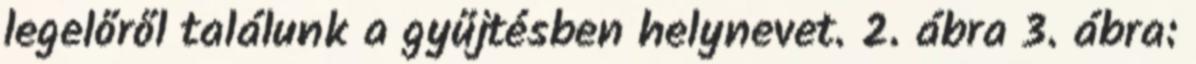
legelőről találunk a gyűjtésben helynevet. 2. ábra 3. ábra: